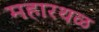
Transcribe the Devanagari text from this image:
महारथळ